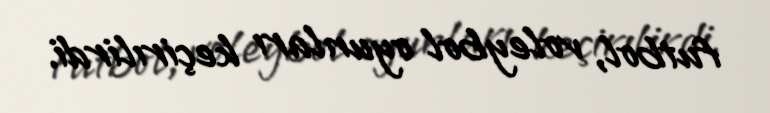
futbol, voleybol oyunları keçirılirdi.